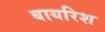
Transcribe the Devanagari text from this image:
बायरिश